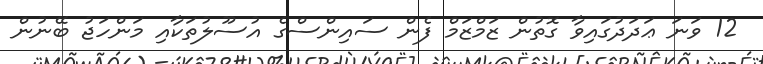
12 ވަނަ ޢަދަދުގައިވާ ގޮތުން ޒަމްޒަމް ފެން ސައިންސްގެ އުސޫލުތަކާއި މަންހަޖު ބޭނުން